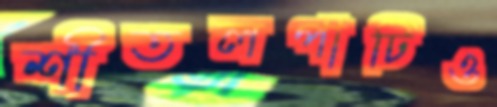
শীতলপাটিও